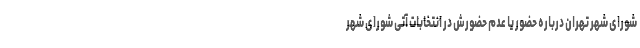
شورای شهر تهران درباره حضور یا عدم حضورش در انتخابات آتی شورای شهر